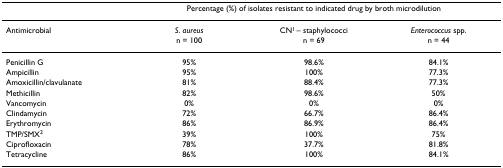
<table><thead><tr><td></td><td colspan="3"><b>Percentage (%) of isolates resistant to indicated drug by broth microdilution</b></td></tr></thead><tbody><tr><td>Antimicrobial</td><td><i>S. aureus </i>n = 100</td><td>CN<sup>1 </sup>– staphylococci n = 69</td><td><i>Enterococcus </i>spp. n = 44</td></tr><tr><td>Penicillin G</td><td>95%</td><td>98.6%</td><td>84.1%</td></tr><tr><td>Ampicillin</td><td>95%</td><td>100%</td><td>77.3%</td></tr><tr><td>Amoxicillin/clavulanate</td><td>81%</td><td>88.4%</td><td>77.3%</td></tr><tr><td>Methicillin</td><td>82%</td><td>98.6%</td><td>50%</td></tr><tr><td>Vancomycin</td><td>0%</td><td>0%</td><td>0%</td></tr><tr><td>Clindamycin</td><td>72%</td><td>66.7%</td><td>86.4%</td></tr><tr><td>Erythromycin</td><td>86%</td><td>86.9%</td><td>86.4%</td></tr><tr><td>TMP/SMX<sup>2</sup></td><td>39%</td><td>100%</td><td>75%</td></tr><tr><td>Ciprofloxacin</td><td>78%</td><td>37.7%</td><td>81.8%</td></tr><tr><td>Tetracycline</td><td>86%</td><td>100%</td><td>84.1%</td></tr></tbody></table>